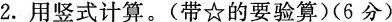
2.用竖式计算。(带☆的要验算)(6）